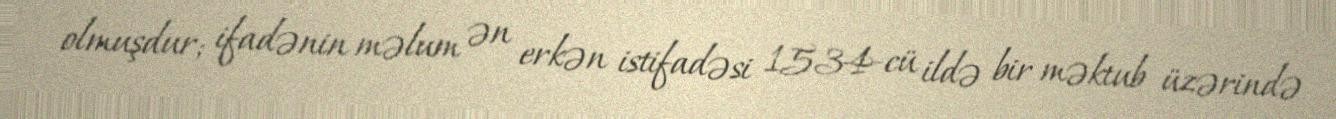
olmuşdur; ifadənin məlum ən erkən istifadəsi 1534-cü ildə bir məktub üzərində